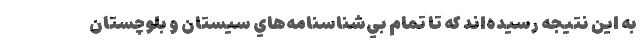
به اين نتيجه رسيده‌اند كه تا تمام بي‌شناسنامه‌هاي سيستان و بلوچستان